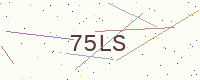
Text: 75LS